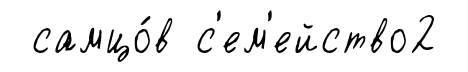
самцо́в с'ем'ейство2